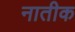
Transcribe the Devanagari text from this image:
नातीक